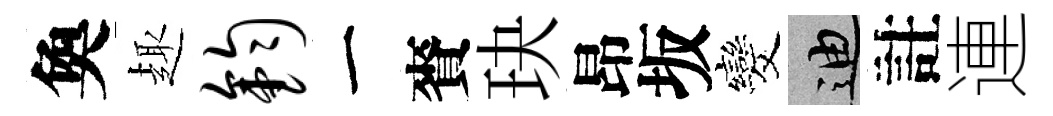
奐趣钧一賚玦昂坂发迪註連